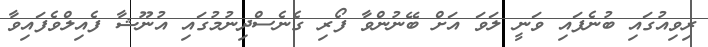
ރިވިއުގައި ބުނެފައި ވަނީ ލަވަ އަށް ބޭނުންވާ ފޯރި ގެނެސްދިނުމުގައި އުނޫޝާ ފެއިލްވެފައިވާ